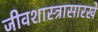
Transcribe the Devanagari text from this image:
जीवशास्त्रासारखे